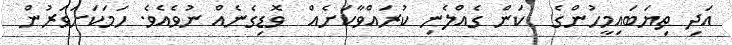
އަދި ތިޔަބައިމީހުންގެ  ކަން ގެއްލެނި ކުރައްވާކަށެއް  ވޮޑިގެނެއް ނުވެއެވެ. ހަމަކަށަވަރުން